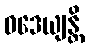
ဝဒေယျန္တိ